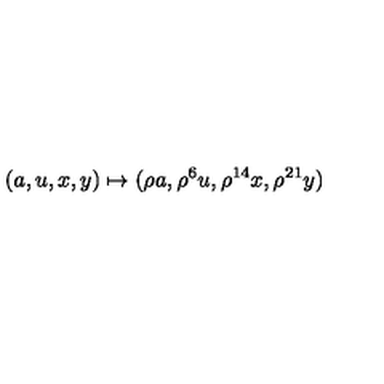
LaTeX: ( a , u , x , y ) \mapsto ( \rho a , \rho ^ { 6 } u , \rho ^ { 1 4 } x , \rho ^ { 2 1 } y )